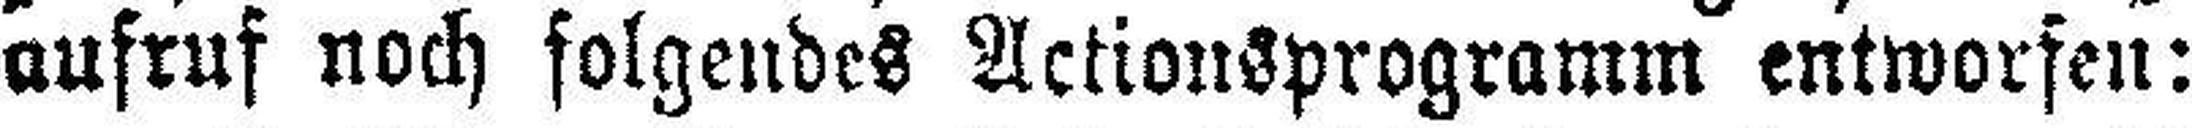
aufruf noch folgendes Actionsprogramm entworfen: